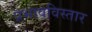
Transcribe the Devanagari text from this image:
प्रभावविस्तार